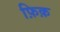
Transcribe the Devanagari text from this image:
फ़िक़